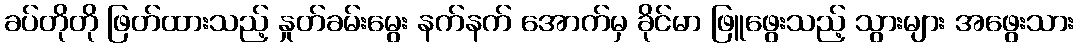
ခပ်တိုတို ဖြတ်ထားသည့် နှုတ်ခမ်းမွေး နက်နက် အောက်မှ ခိုင်မာ ဖြူဖွေးသည့် သွားများ အဖွေးသား